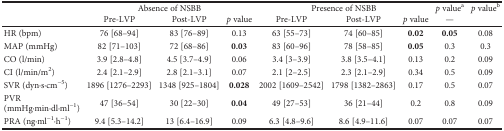
| <ROWSPAN=2>  | <COLSPAN=3> Absence of NSBB | <COLSPAN=3> Presence of NSBB | p valuea | p valueb |
 | Pre-LVP | Post-LVP | p value | Pre-LVP | Post-LVP | p value | — |  |
 | --- | --- | --- | --- | --- | --- | --- | --- | --- |
 | HR (bpm) | 76 [68–94] | 83 [76–89] | 0.13 | 63 [55–73] | 74 [60–85] | 0.02 | 0.05 | 0.08 |
 | MAP (mmHg) | 82 [71–103] | 72 [68–86] | 0.03 | 83 [60–96] | 78 [58–85] | 0.05 | 0.3 | 0.3 |
 | CO (l/min) | 3.9 [2.8–4.8] | 4.5 [3.7–4.9] | 0.06 | 3.4 [3–3.9] | 3.8 [3.5–4.1] | 0.13 | 0.2 | 0.09 |
 | CI (l/min/m2) | 2.4 [2.1–2.9] | 2.8 [2.1–3.1] | 0.07 | 2.1 [2–2.5] | 2.3 [2.1–2.9] | 0.34 | 0.5 | 0.09 |
 | SVR (dyn·s·cm−5) | 1896 [1276–2293] | 1348 [925–1804] | 0.028 | 2002 [1609–2542] | 1798 [1382–2863] | 0.17 | 0.5 | 0.07 |
 | PVR (mmHg·min·dl·ml−1) | 47 [36–54] | 30 [22–30] | 0.04 | 49 [27–53] | 36 [21–44] | 0.2 | 0.8 | 0.09 |
 | PRA (ng·ml−1·h−1) | 9.4 [5.3–14.2] | 13 [6.4–16.9] | 0.09 | 6.3 [4.8–9.6] | 8.6 [4.9–11.6] | 0.07 | 0.07 | 0.07 |